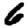
Digit: 6